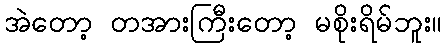
အဲတော့ တအားကြီးတော့ မစိုးရိမ်ဘူး။